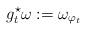
LaTeX: \begin{align*}g_t^\star\omega:= \omega_{\varphi_t}\end{align*}